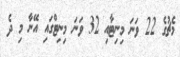
މެޗުގެ 22 ވަނަ މިނިޓާއި 32 ވަނަ މިނިޓްގައި އޭނާ މި ދެ